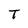
Character: T